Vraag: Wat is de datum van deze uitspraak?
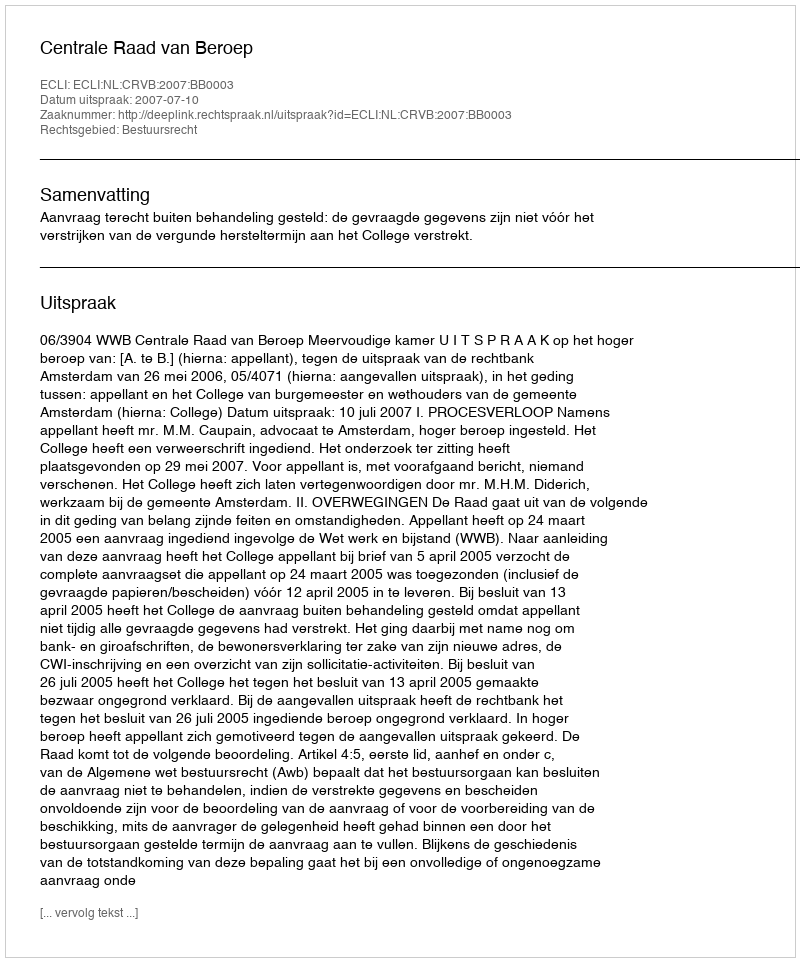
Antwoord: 2007-07-10